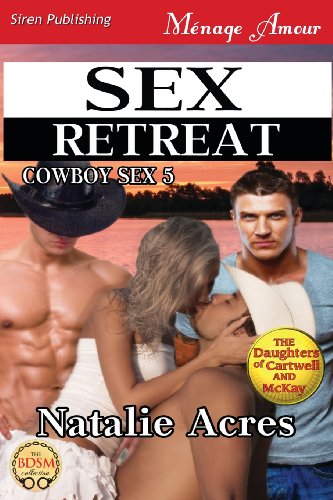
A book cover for Sex Retreat [Cowboy Sex 5] (Siren Publishing Menage Amour); Natalie Acres; Romance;